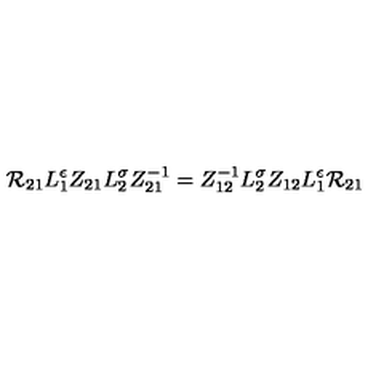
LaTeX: { \cal R } _ { 2 1 } L _ { 1 } ^ { \epsilon } Z _ { 2 1 } L _ { 2 } ^ { \sigma } Z _ { 2 1 } ^ { - 1 } = Z _ { 1 2 } ^ { - 1 } L _ { 2 } ^ { \sigma } Z _ { 1 2 } L _ { 1 } ^ { \epsilon } { \cal R } _ { 2 1 }